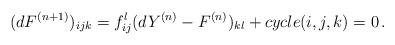
LaTeX: \begin{align*}(dF^{(n+1)})_{ijk}=f_{ij}^l(dY^{(n)}-F^{(n)})_{kl}+cycle(i,j,k)=0\,.\end{align*}